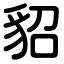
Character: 貂